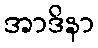
အာဒိနာ